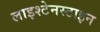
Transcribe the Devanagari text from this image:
लाइश्टेनस्टाइन